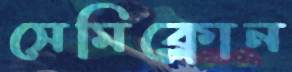
সেমিক্লোন